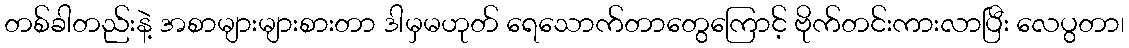
တစ်ခါတည်းနဲ့ အစာများများစားတာ ဒါမှမဟုတ် ရေသောက်တာတွေကြောင့် ဗိုက်တင်းကားလာပြီး လေပွတာ၊